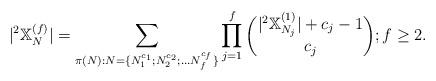
LaTeX: \begin{align*}|^2\mathbb{X}_N^{(f)}| = \sum_{\pi(N): N=\{N_1^{c_1};N_2^{c_2};\ldots N_f^{c_f}\}} \prod_{j=1}^f\binom{|^2\mathbb{X}_{N_j}^{(1)}|+c_j-1}{c_j};f\ge 2.\end{align*}